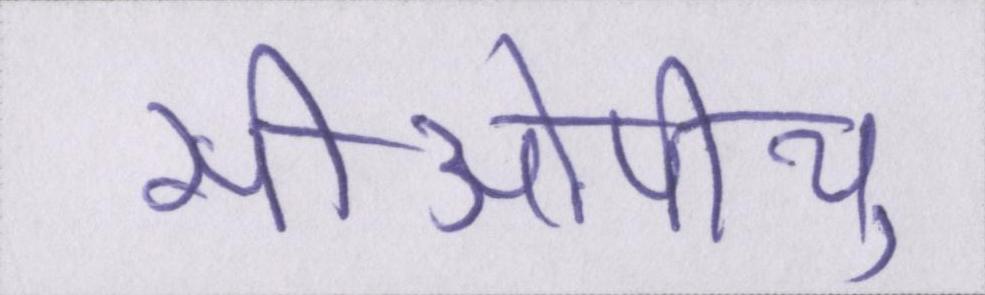
सीओपीयू